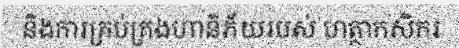
និងការគ្រប់គ្រងហានិភ័យរបស់ ហត្ថាកសិករ